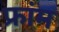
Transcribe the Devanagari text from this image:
फ्रांम